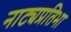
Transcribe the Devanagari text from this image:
नाट्यप्रतिभा